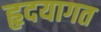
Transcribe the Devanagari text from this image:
हृदयागत